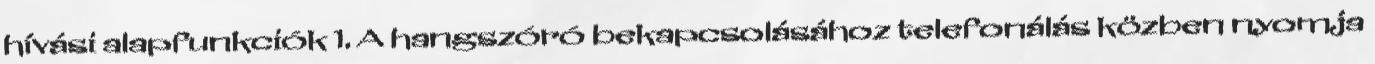
hívási alapfunkciók 1. A hangszóró bekapcsolásához telefonálás közben nyomja